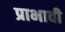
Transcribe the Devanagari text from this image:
प्राभावी